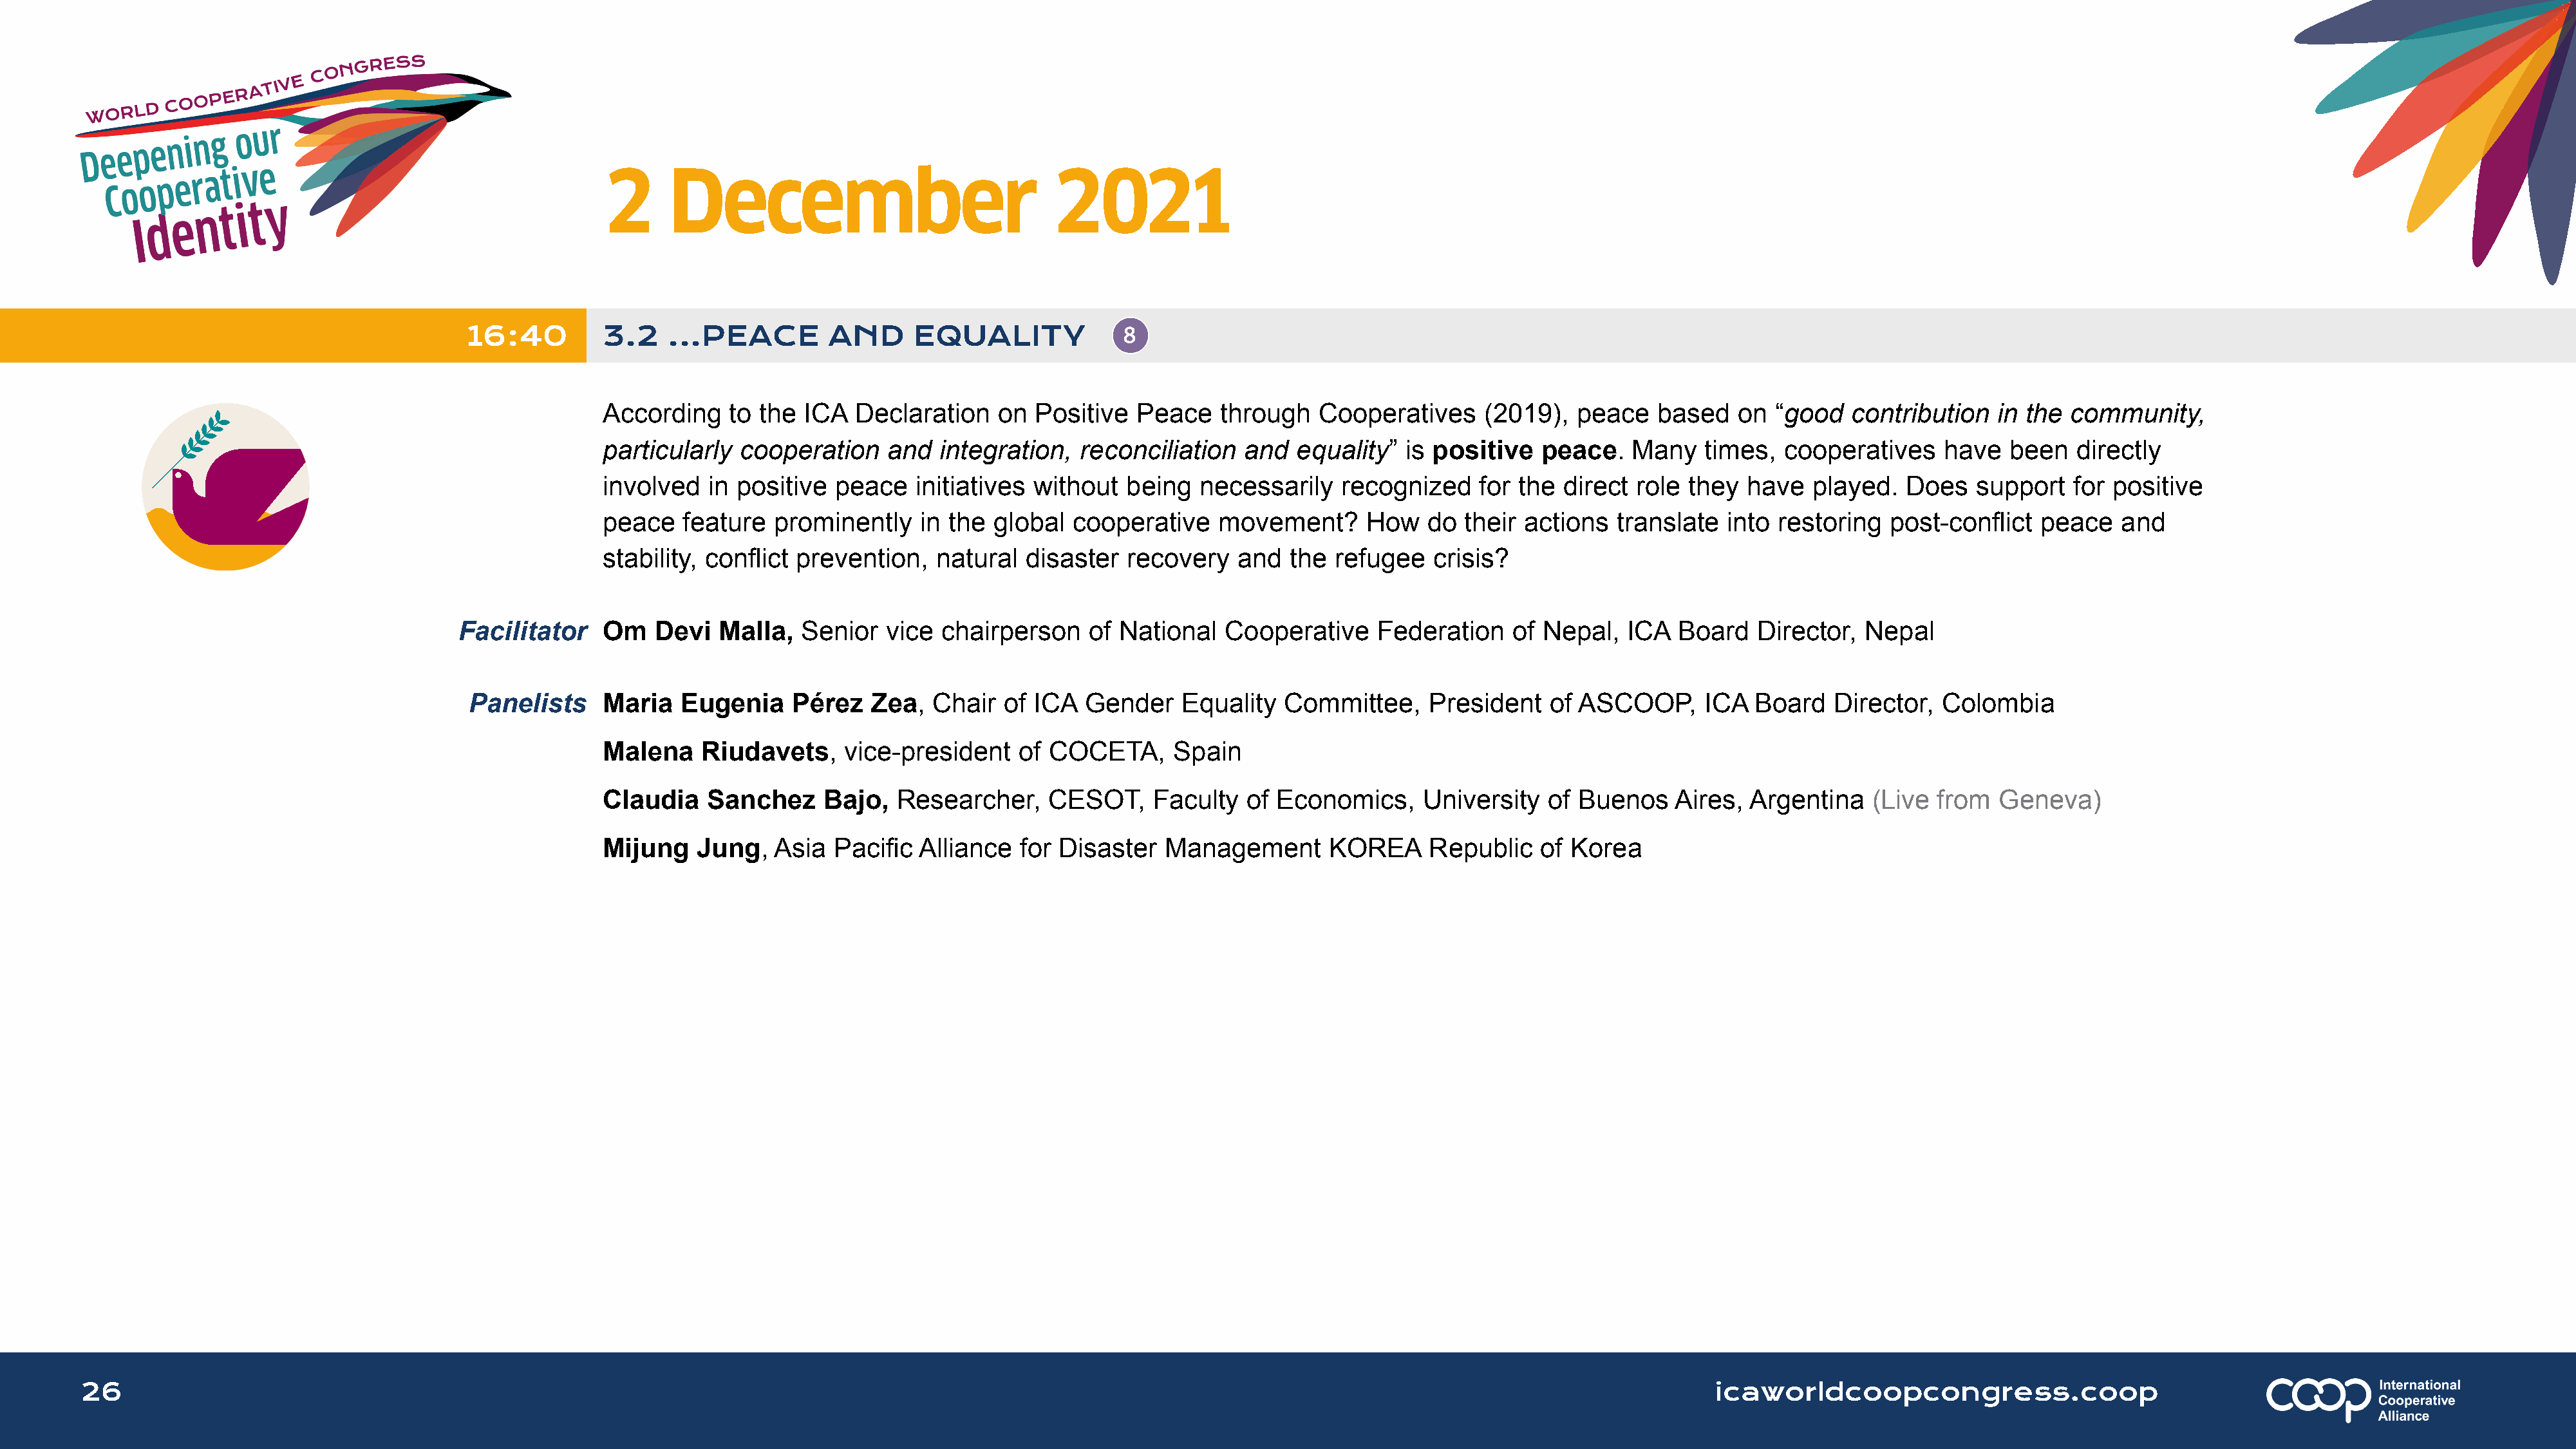
2      December                               2021
 16:40         3.2    ...PEACE        AND      EQUALITY
 According    to the  ICA  Declaration    on Positive   Peace   through    Cooperatives     (2019),  peace   based    on “good   contribution   in the  community,
 particularly  cooperation    and   integration,  reconciliation   and  equality”  is positive   peace.    Many   times,  cooperatives     have   been  directly
 involved   in positive  peace   initiatives without   being  necessarily    recognized    for the  direct role  they  have  played.   Does   support   for positive
 peace   feature   prominently    in the global  cooperative    movement?      How    do  their actions  translate   into restoring  post-conflict   peace   and
 stability, conflict prevention,   natural  disaster   recovery   and   the refugee   crisis?
 Facilitator    Om   Devi   Malla,  Senior   vice  chairperson    of National   Cooperative     Federation    of Nepal,  ICA   Board   Director,  Nepal
 Panelists     Maria   Eugenia    Pérez    Zea,  Chair  of ICA  Gender    Equality   Committee,     President   of ASCOOP,      ICA  Board    Director,  Colombia
 Malena    Riudavets,     vice-president    of COCETA,      Spain
 Claudia    Sanchez     Bajo,  Researcher,     CESOT,     Faculty  of Economics,     University   of Buenos    Aires,  Argentina   (Live  from  Geneva)
 Mijung    Jung,   Asia  Pacific Alliance   for Disaster   Management       KOREA     Republic   of Korea
 26                                                                                                                                                                      icaworldcoopcongress.coop